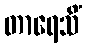
တာရေသိံ